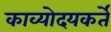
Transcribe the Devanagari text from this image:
काव्योदयकर्ते